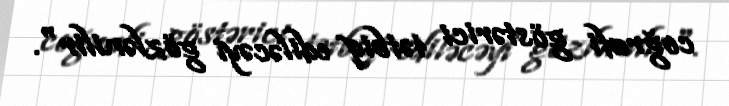
coğrafi göstərici tətbiq ediləcəyi gözlənilir".